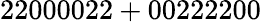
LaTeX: \mathrm{22000022+00222200}